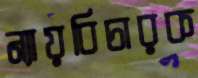
ন্যায়বিচারক